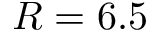
R = 6 . 5